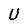
Character: U